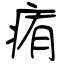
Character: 痏